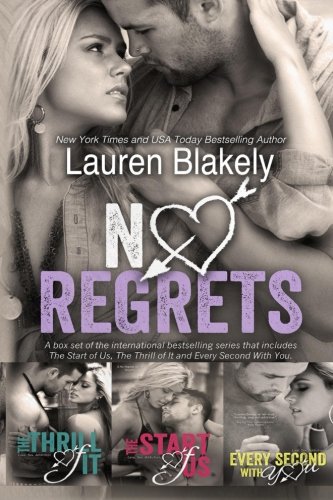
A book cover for No Regrets; Lauren Blakely; Romance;